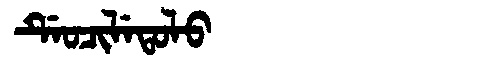
Manchu: ᡩᡝᠣᠴᡳᠯᡝᡨᠣᠯᠣ
Romanization: DEOCILETOLO